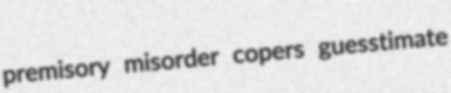
premisory misorder copers guesstimate